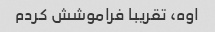
اوه، تقریبا فراموشش کردم